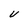
Character: v